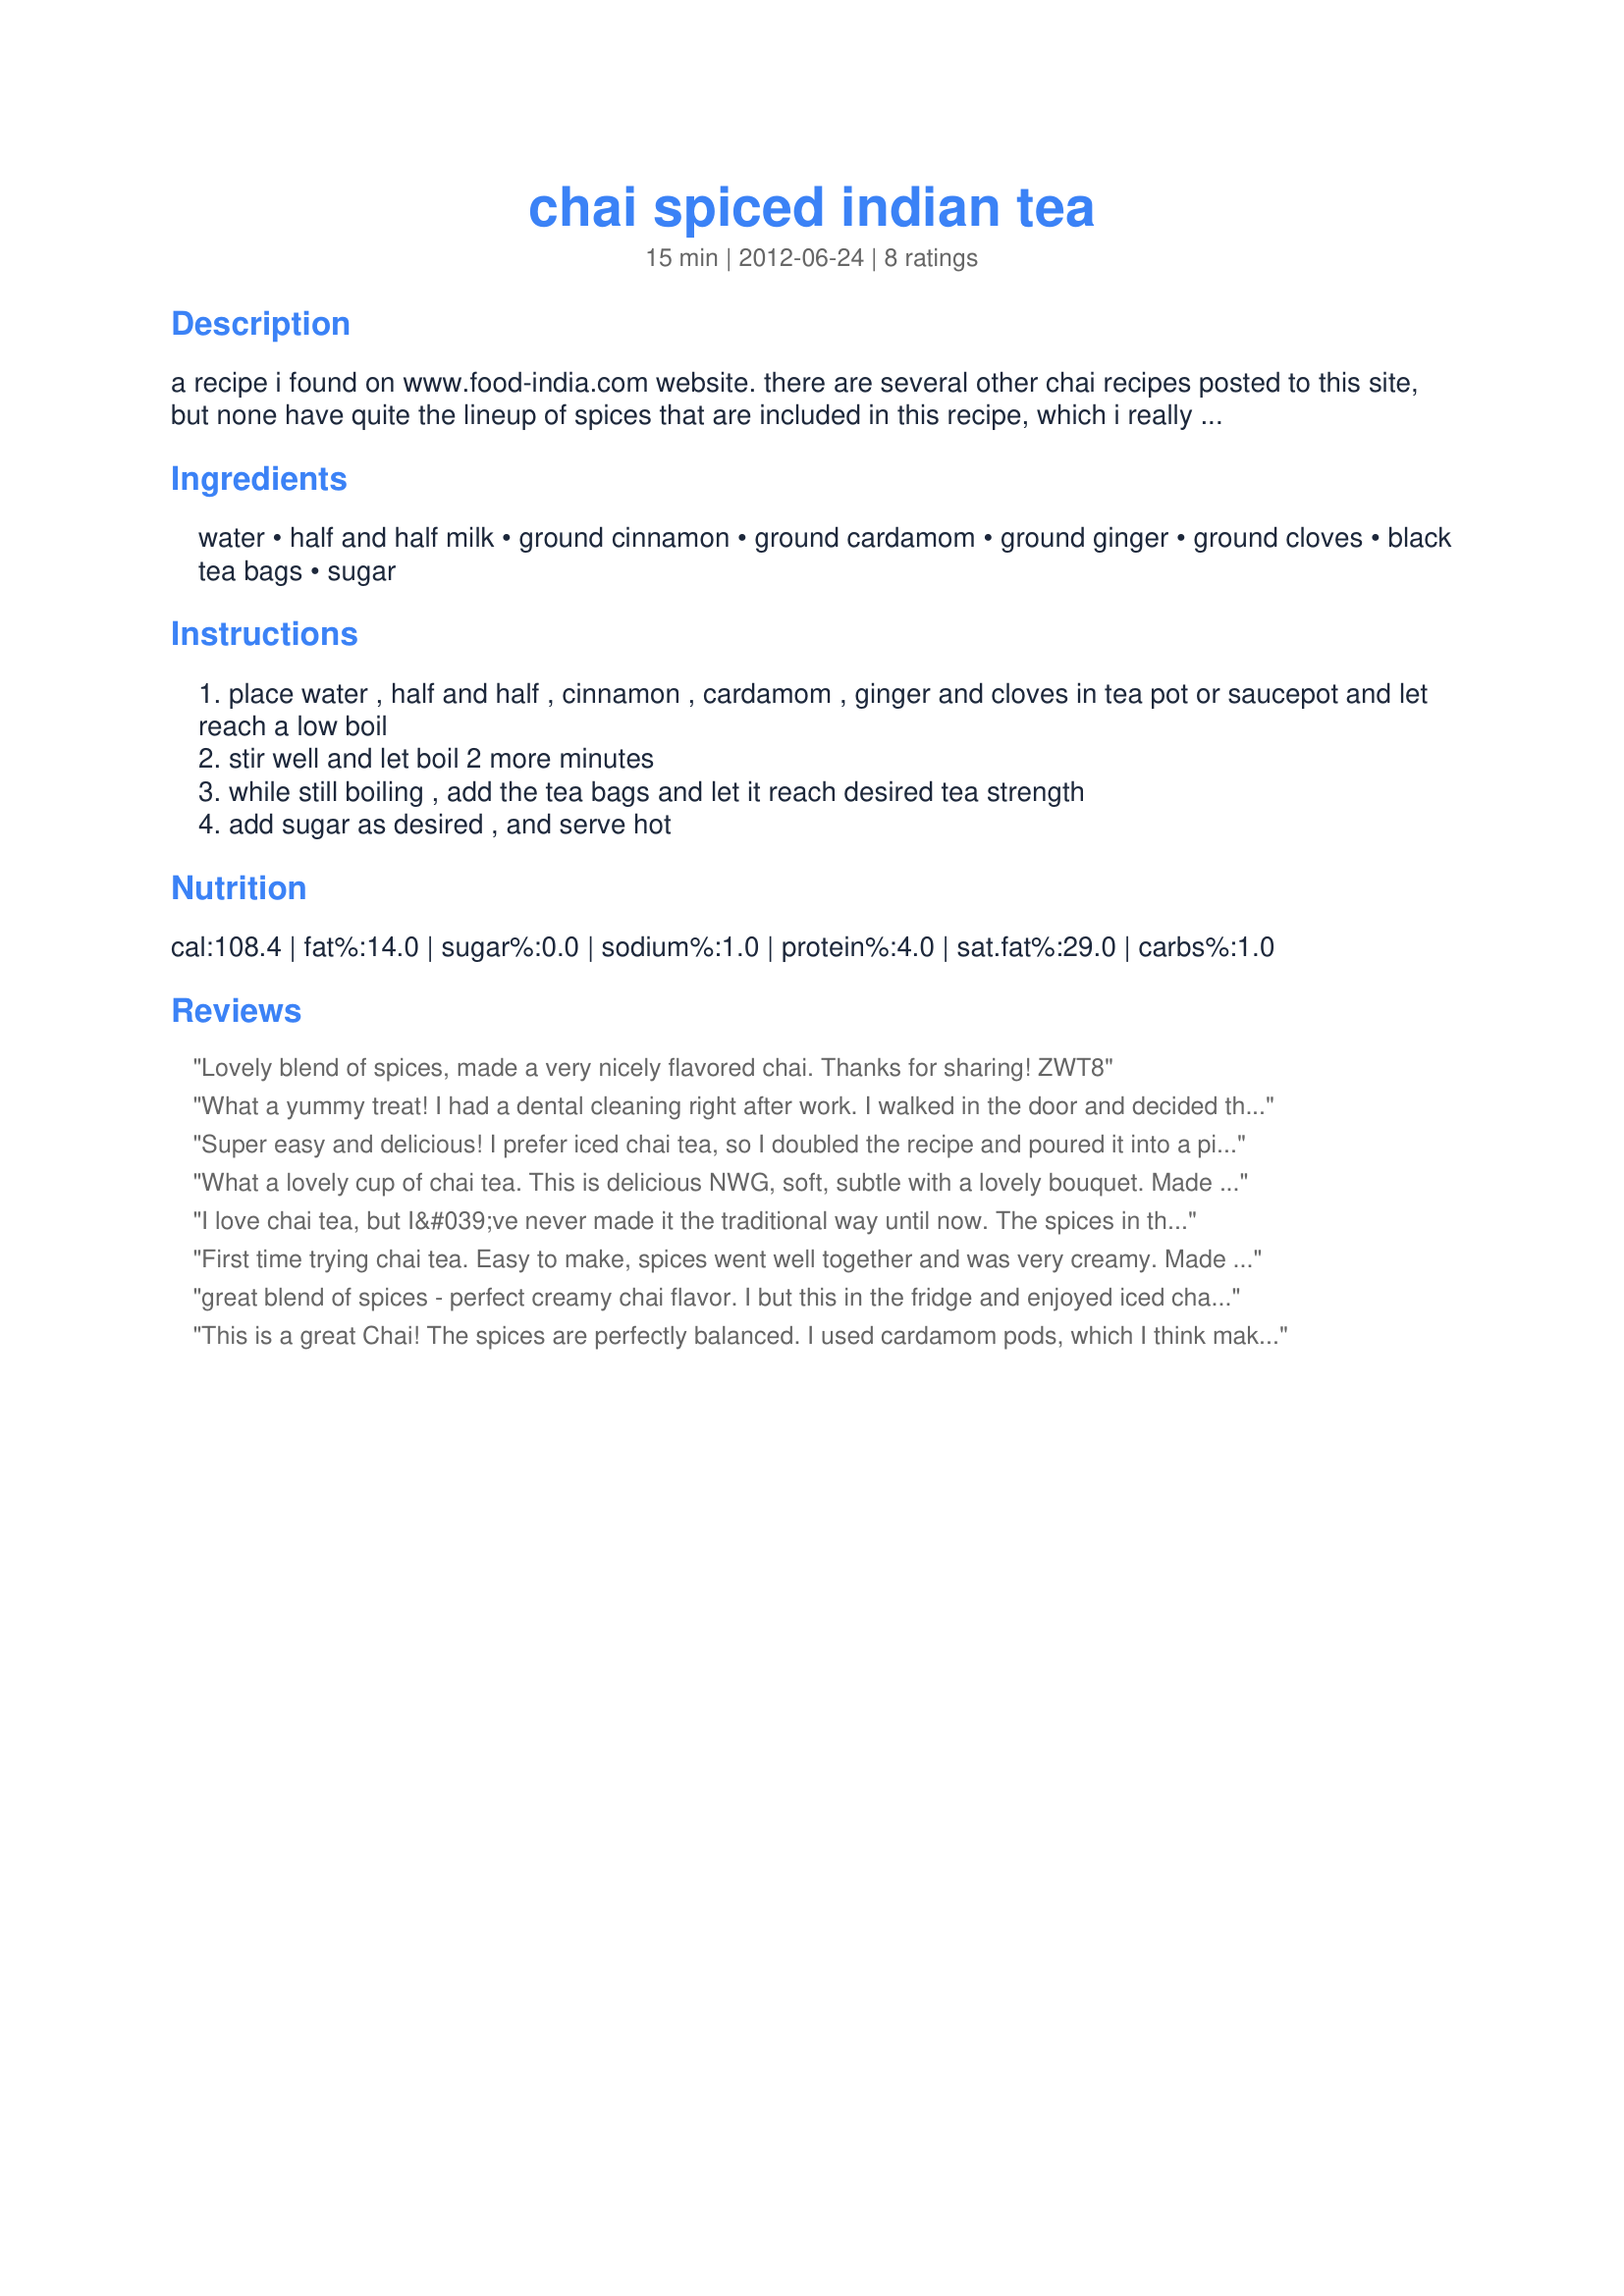
chai spiced indian tea
Preparation time: 15 minutes

a recipe i found on www.food-india.com website. there are several other chai recipes posted to this site, but none have quite the lineup of spices that are included in this recipe, which i really liked a lot.

Ingredients:
water, half and half milk, ground cinnamon, ground cardamom, ground ginger, ground cloves, black tea bags, sugar

Steps:
place water , half and half , cinnamon , cardamom , ginger and cloves in tea pot or saucepot and let reach a low boil
stir well and let boil 2 more minutes
while still boiling , add the tea bags and let it reach desired tea strength
add sugar as desired , and serve hot

Reviews:
Lovely blend of spices, made a very nicely flavored chai. Thanks for sharing! ZWT8
What a yummy treat! I had a dental cleaning right after work. I walked in the door and decided that I needed some sort of treat and this was perfect. It&#039;s cold out, and I&#039;m curled up on the couch sipping this flavorful tea. I cut the recipe into 1/3 and used almond milk instead of the half and half milk and opted not to add the sugar. It&#039;s still quite a treat! Thank you!
Super easy and delicious! I prefer iced chai tea, so I doubled the recipe and poured it into a pitcher, mixed with sugar and let it cool, then served it over ice. Very creamy, strong and yummy! Thanks for posting. Made for ZWT8.
What a lovely cup of chai tea. This is delicious NWG, soft, subtle with a lovely bouquet. Made exactly as written. I enjoyed the pot myself with my cucumber tea sandwiches today. Thank you for sharing this quick and easy to make tea. Made for the Fearless Red Dragons - ZWT8 - India
I love chai tea, but I&#039;ve never made it the traditional way until now. The spices in this tea are perfect and I chose to use an all natural sweetener and to sweeten it by the cup. I will be enjoying this tea all afternoon. Made for the Football Pool tag game.
First time trying chai tea. Easy to make, spices went well together and was very creamy. Made for PRMR.
great blend of spices - perfect creamy chai flavor. I but this in the fridge and enjoyed iced chai for breakfast.
This is a great Chai! The spices are perfectly balanced. I used cardamom pods, which I think make a huge difference. And, used whole milk instead of half n half. I like this really well when chilled and poured over ice! Thanks for posting! Made for FF&amp;F Best of 2014.
